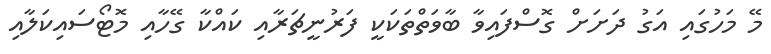
މޭ މަހުގައި އަގު ދަށަށް ގޮސްފައިވާ ބާވަތްތަކަކީ ފަރުނީޗަރާއި ކައްކާ ގޭހާއި މޮޓޯސައިކަލާއި